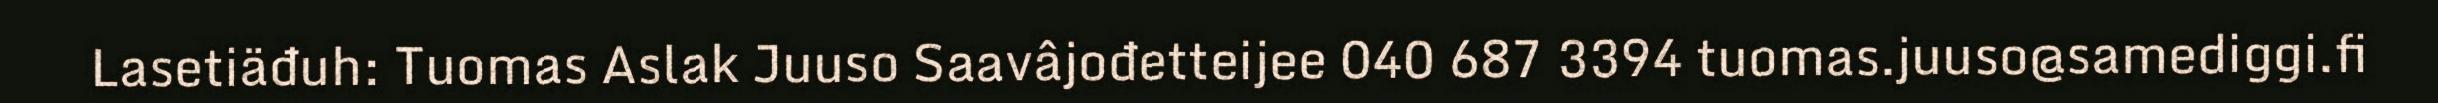
Lasetiäđuh: Tuomas Aslak Juuso Saavâjođetteijee 040 687 3394 tuomas.juuso@samediggi.fi